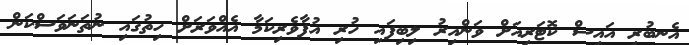
އެނބުރި އައިސް ކޮޓަރިއަށް ވަންއިރު ލިބިފައި ހުރި އުފާވެރިކަމާ އެއްވަރަށް ހިތުގައި ނުތަނަވަސްކަން